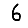
Digit: 6